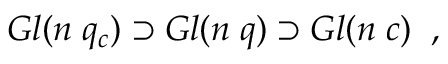
G l ( n \; q _ { c } ) \supset G l ( n \; q ) \supset G l ( n \; c ) \; \; ,